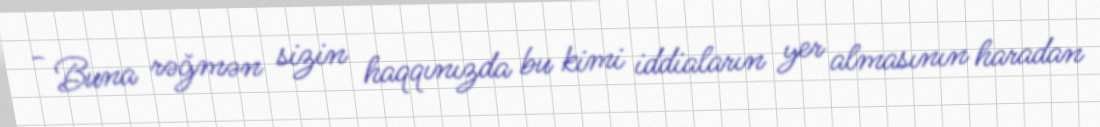
- Buna rəğmən sizin haqqınızda bu kimi iddiaların yer almasının haradan